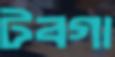
টবগা